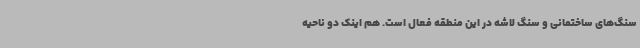
سنگ‌های ساختمانی و سنگ لاشه در این منطقه فعال است. هم اینک دو ناحیه